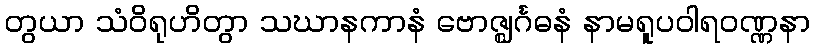
တွယာ သံဝိရုဟိတွာ သဃာနကာနံ ဗောဇ္ဈင်္ဂဓနံ နာမရူပဝါရဝဏ္ဏနာ